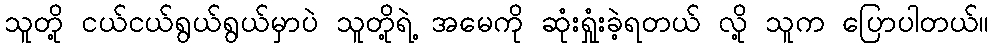
သူတို့ ငယ်ငယ်ရွယ်ရွယ်မှာပဲ သူတို့ရဲ့ အမေကို ဆုံးရှုံးခဲ့ရတယ် လို့ သူက ပြောပါတယ်။